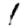
Digit: 1